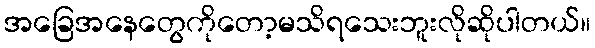
အခြေအနေတွေကိုတော့မသိရသေးဘူးလိုဆိုပါတယ်။